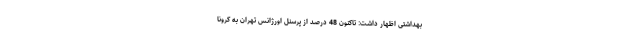
بهداشتی اظهار داشت: تاکنون 48 درصد از پرسنل اورژانس تهران به کرونا